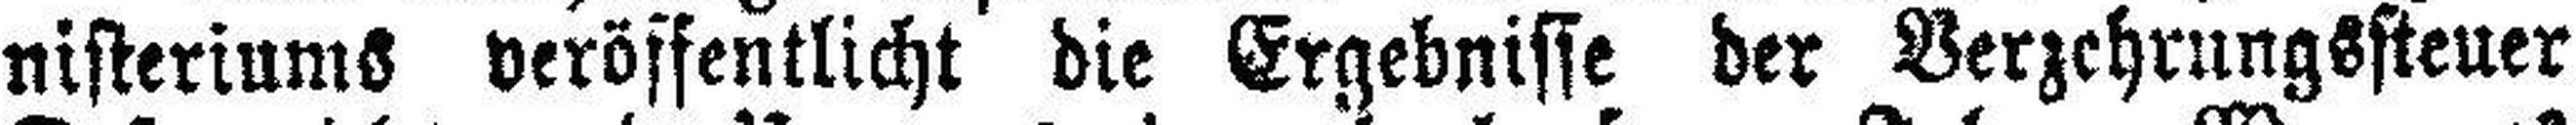
nisteriums veröffentlicht die Ergebnisse der Verzehrungssteuer